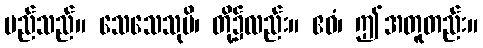
မည်သည်။ သေသေသုပိ၊ တို့၌လည်း။ ဧဝံ၊ ဤအတူတည်း။